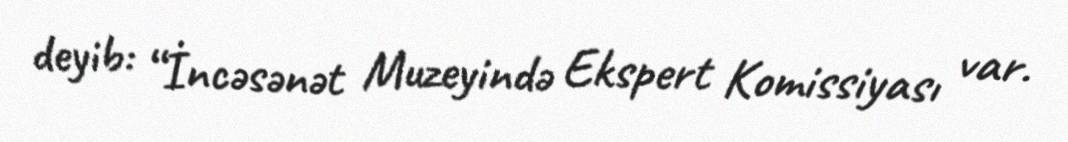
deyib: “İncəsənət Muzeyində Ekspert Komissiyası var.